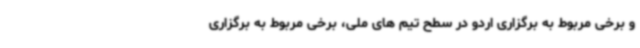
و برخی مربوط به برگزاری اردو در سطح تیم های ملی، برخی مربوط به برگزاری